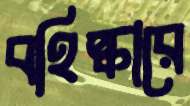
বহিষ্কারে